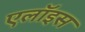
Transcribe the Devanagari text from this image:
एलॉइस